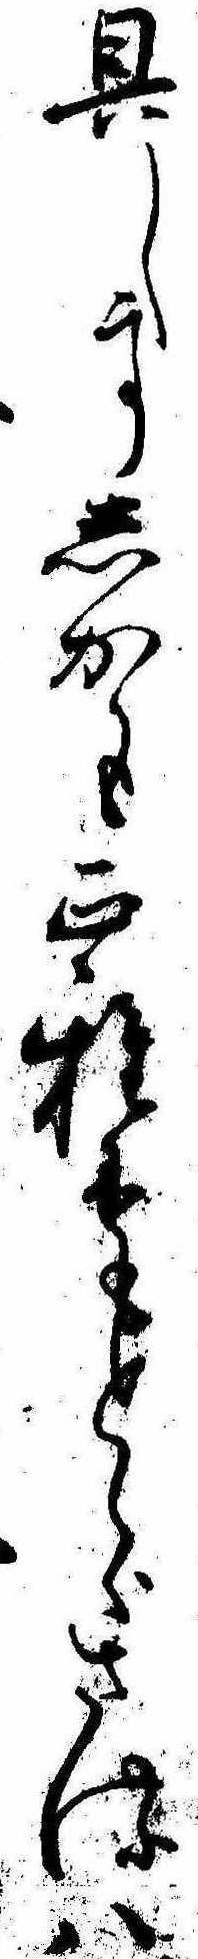
具してしかも正雅にもとらさるは